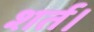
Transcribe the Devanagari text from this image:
शर्त।